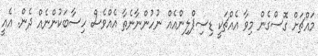
މައްޗަށް ގޮސްގެން މިވާ އެއްޗަކީ ޑިސިޕްލިންއެއް ނުހުންނާނެތާ އެއްވެސް ހިސާބަކުންނެއް ދެން. އެއީ